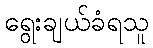
ရွေးချယ်ခံရသူ